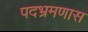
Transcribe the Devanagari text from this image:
पदभ्रमणास